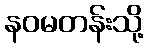
နဝမတန်းသို့